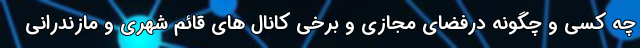
چه کسی و چگونه درفضای مجازی و برخی کانال های قائم شهری و مازندرانی